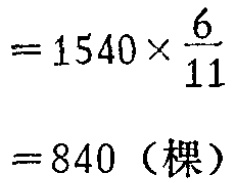
\[

\begin{align*}

&=1540\times\frac{6}{11}\\

&=840（棵）

\end{align*}

\]